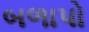
બળાપો